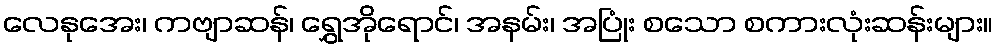
လေနုအေး၊ ကဗျာဆန်၊ ရွှေအိုရောင်၊ အနမ်း၊ အပြုံး စသော စကားလုံးဆန်းများ။